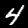
Label: 4